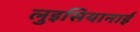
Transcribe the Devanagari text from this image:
लुइसियानाई